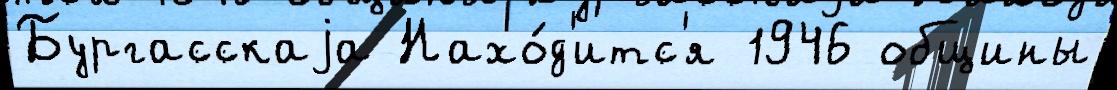
Бургасскаjа Нахо́д'итс'я 1946 общины